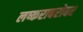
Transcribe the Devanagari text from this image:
लष्कराबरोबर